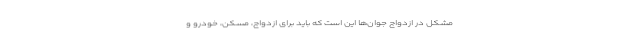
مشکل در ازدواج جوان‌ها این است که باید برای ازدواج، مسکن، خودرو و